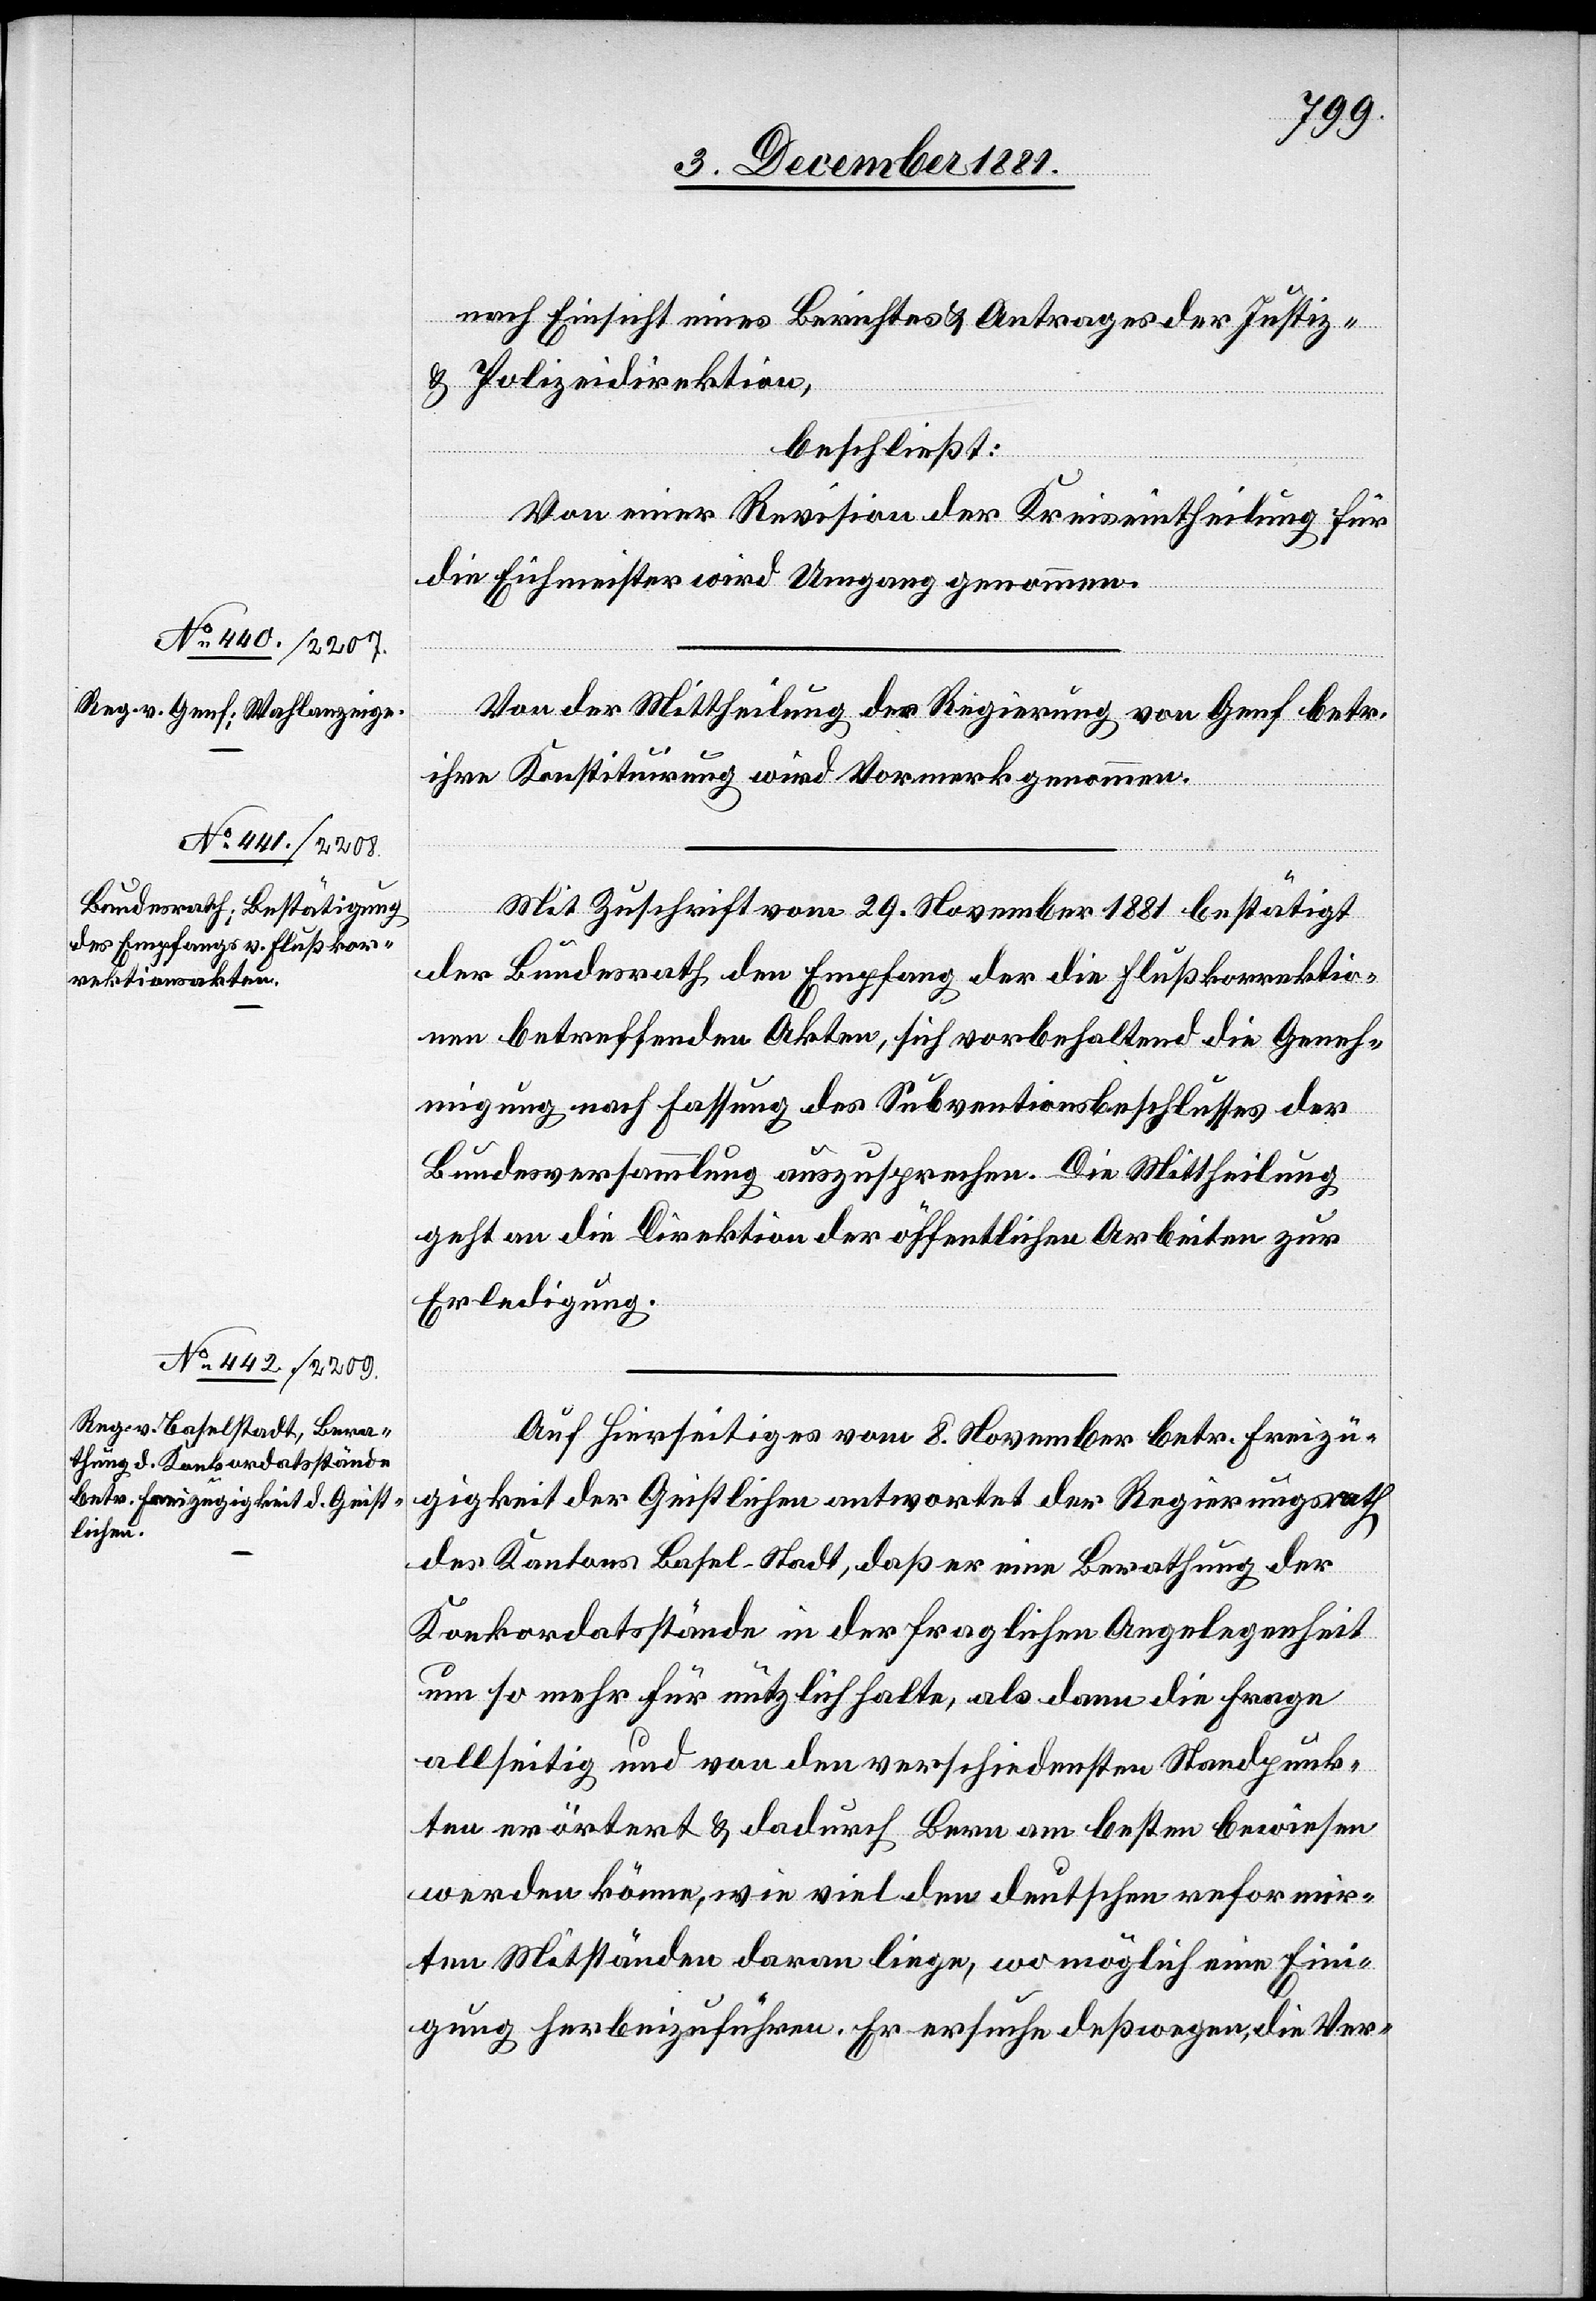
nach Einsicht eines Berichtes & Antrages der Justiz-
& Polizeidirektion,
beschließt:
Von einer Revision der kreiseintheilung für
die Eichmeister wird Umgang genommen.
Von der Mittheilung der Regierung von Genf betr.
ihre Konstituirung wird Vormerk genommen.
Mit Zuschrift vom 29. November 1881 bestätigt
der Bundesrath den Empfang der die Flußkorrektio¬
nen betreffenden Akten, sich vorbehaltend die Geneh¬
migung nach Fassung des Subventionsbeschlusses der
Bundesversammlung auszusprechen. Die Mittheilung
geht an die Direktion der öffentlichen Arbeiten zur
Erledigung.
Auf Hierseitiges vom 8. November betr. Freizü¬
gigkeit der Geistlichen antwortet der Regierungsrath
des Kantons Basel-Stadt, daß er eine Berathung der
Konkordatsstände in der fraglichen Angelegenheit
um so mehr für nützlich halte, als dann die Frage
allseitig und von den verschiedensten Standpunk¬
ten erörtert & dadurch Bern am besten bewiesen
werden könne, wie viel den deutschen reformir¬
ten Mitständen daran liege, womöglich eine Eini¬
gung herbeizuführen. Er ersuche deßwegen, die Ver-